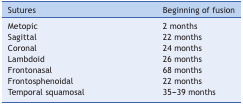
| Sutures | Beginning of fusion |
 | --- | --- |
 | Metopic | 2 months |
 | Sagittal | 22 months |
 | Coronal | 24 months |
 | Lambdoid | 26 months |
 | Frontonasal | 68 months |
 | Frontosphenoidal | 22 months |
 | Temporal squamosal | 35-39 months |